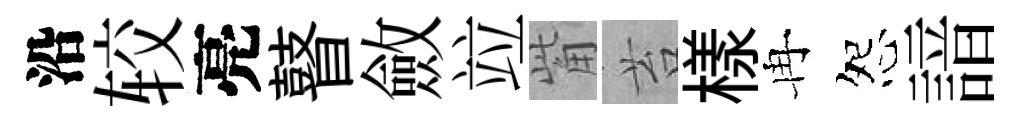
沿较亮瞽斂竝觜苔樣冉怨諳